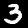
Label: 3